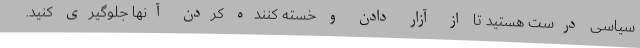
سیاسی درست هستید تا از آزار دادن و خسته کننده کردن آنها جلوگیری کنید.